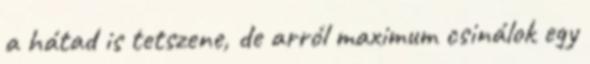
a hátad is tetszene, de arról maximum csinálok egy